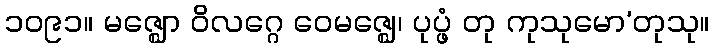
၁၀၉၁။ မဇ္ဈော ဝိလဂ္ဂေ ဝေမဇ္ဈေ၊ ပုပ္ဖံ တု ကုသုမော’တုသု။